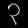
Digit: ၃